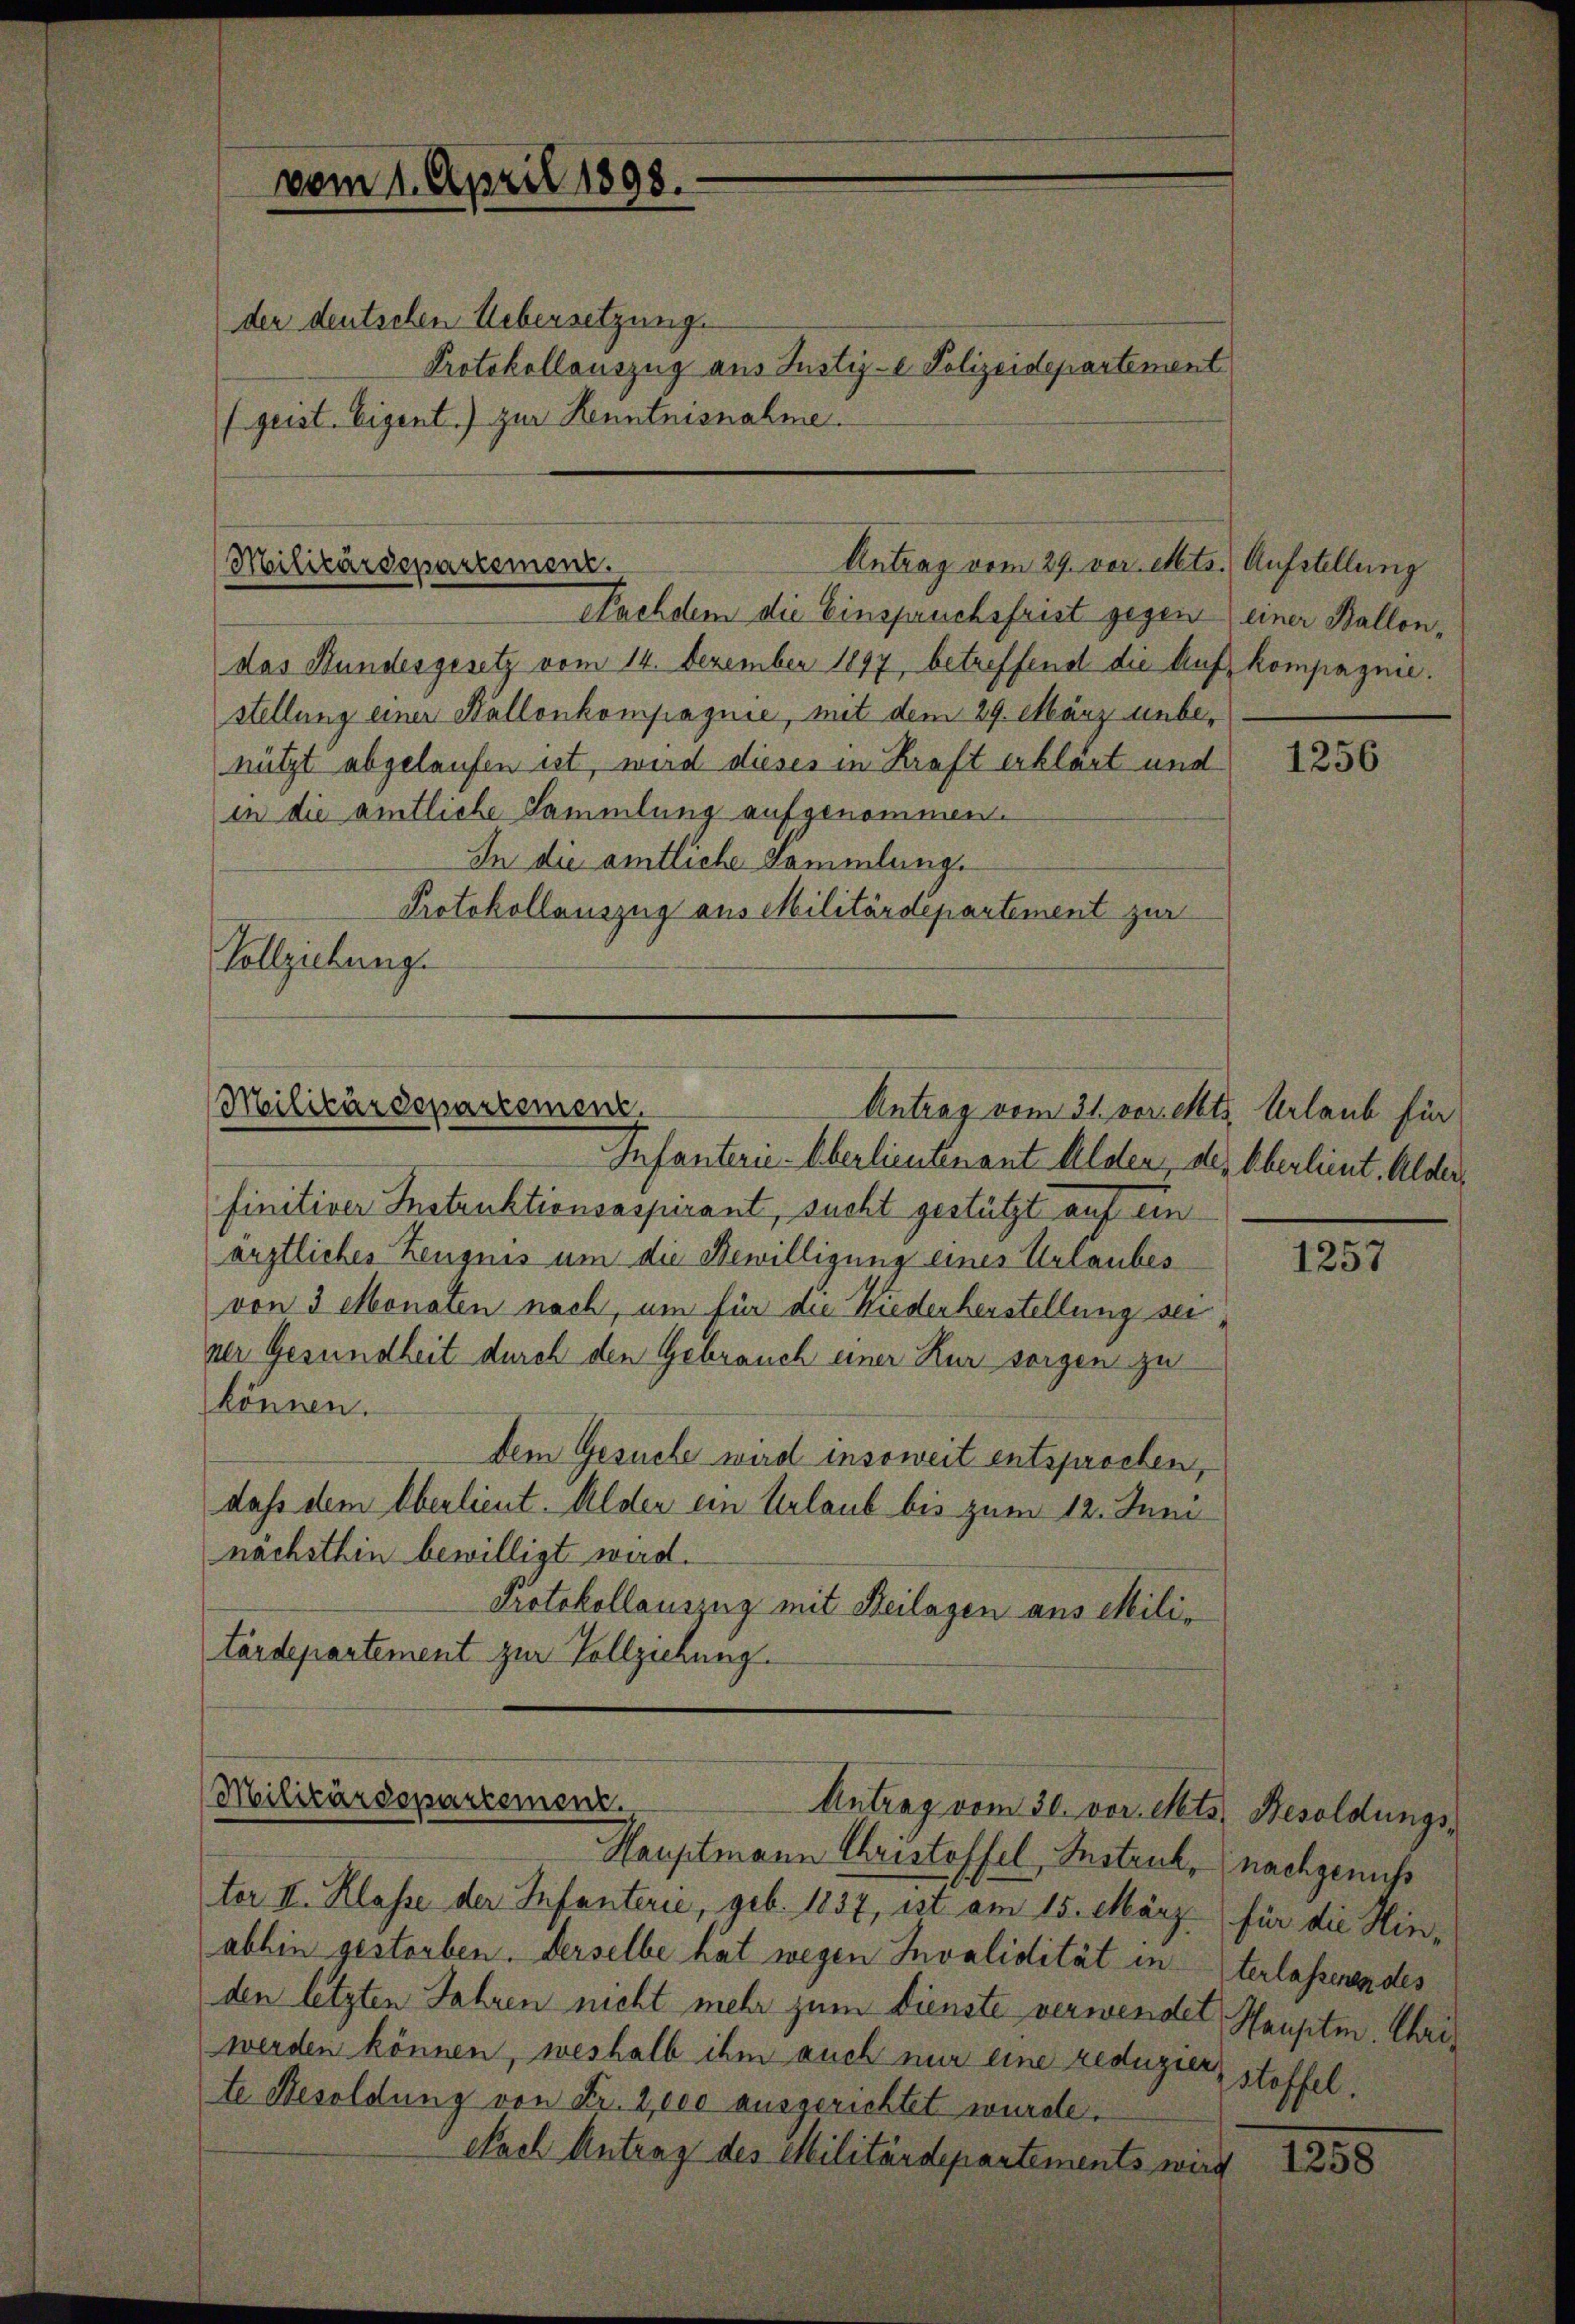
vom 1. April 1898.
der deutschen Uebersetzung.

Protokollauszug aus Justiz- & Polizeidepartement
(geist. Eigent.) zur Kenntnisnahme.

Antrag vom 29. vor. Mts. Aufstellung
Militärdepartement.
Nachdem die Einspruchsfrist gegen einer Ballon,

Militärdepartement.
Antrag vom 31. vor. Mts. Urlaub für

das Stundesgesetz vom 14. Dezember 1897 betreffend die Aufkompagnie.
stellung einer Ballenkompagnie, mit dem 29. März unbenützt abgelaufen ist, wird dieses in Kraft erklärt und
in die amtliche Sammlung aufgenommen.
In die amtliche Sammlung.
Protokollauszug aus Militärdepartement zur
Vollziehung.

Militärdepartement.
Antrag vom 30. vor. Mts. Besoldungs¬
Hauptmann Christoffel Instruck, nachgenuss

Infanterie-Oberlieutenant Alden, der Überlieut. Alder
finitiver Instruktionsaspirant, sucht gestützt auf ein
ärztliches Zeugnis um die Bewilligung eines Urlaubes
von 3 Monaten nach, um für die Kiederherstellung sei
ner Gesundheit durch den Gebrauch einer Kur sorgen zu
können.
Dem Gesuche wird insoweit entsprochen,
daß dem Oberlieut. Alder ein Urlaub bis zum 12. Juni
nächsthin bewilligt wird.
Protokollauszug mit Heilagen aus Mili-
tärdepartement zur Vollziehung.

ter II. Klasse der Infanterie, geb. 1837, ist am 15. März für die Hinabhin gestorben. Derselbe hat wegen Invalidität interlassenen des
den letzten Jahren nicht mehr zum Dienste verwendet Hauptm. Chriwerden können, weshalb ihm auch nur eine reduzier, stoffel
te Besoldung von Fr. 2000 ausgerichtet wurde.
Nach Antrag des Militärdepartements wird

1256

1257

1258